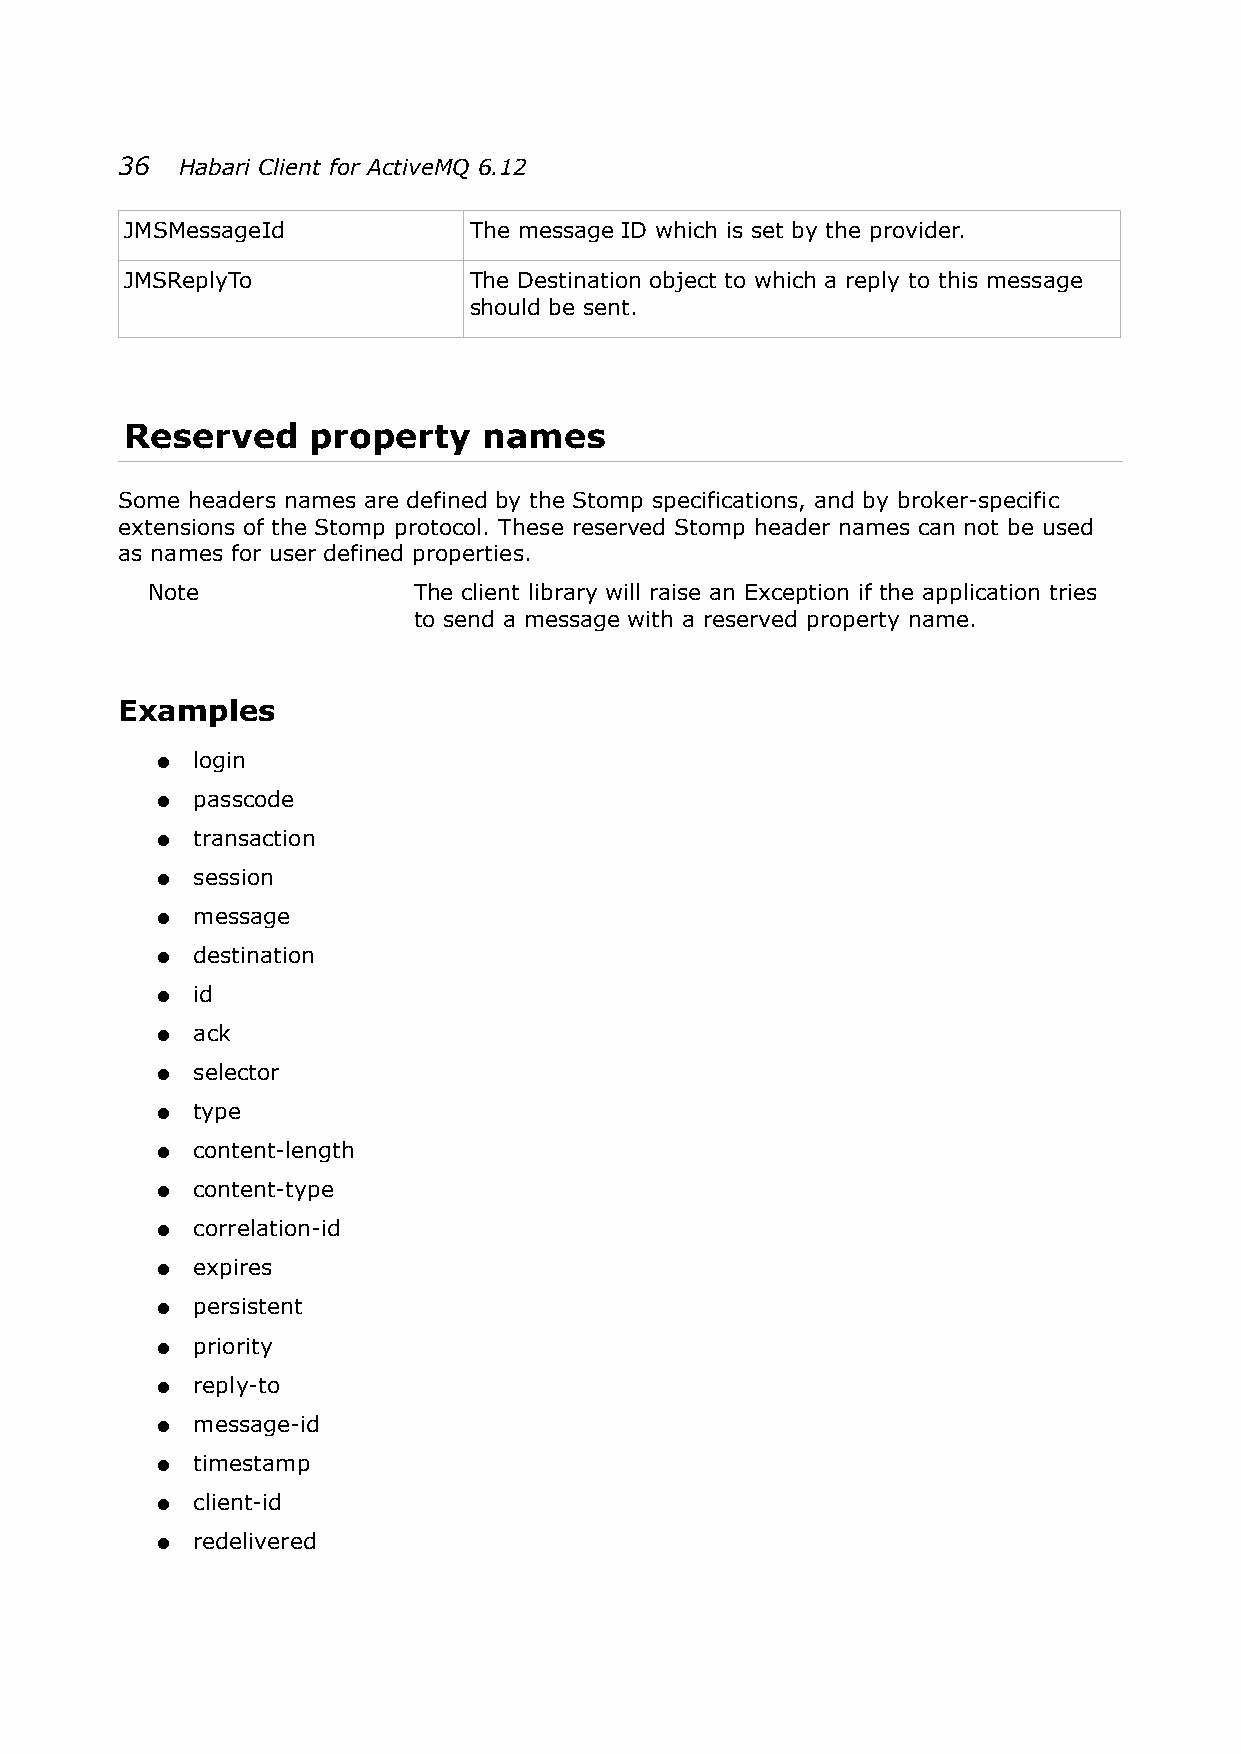
36  Habari Client for ActiveMQ 6.12
 JMSMessageId           The message ID which is set by the provider.
 JMSReplyTo             The Destination object to which a reply to this message
 should be sent.
 Reserved    property    names
 Some headers names are defined by the Stomp specifications, and by broker-specific
 extensions of the Stomp protocol. These reserved Stomp header names can not be used
 as names for user defined properties.
 Note             The client library will raise an Exception if the application tries
 to send a message with a reserved property name.
 Examples
 ●  login
 ●  passcode
 ●  transaction
 ●  session
 ●  message
 ●  destination
 ●  id
 ●  ack
 ●  selector
 ●  type
 ●  content-length
 ●  content-type
 ●  correlation-id
 ●  expires
 ●  persistent
 ●  priority
 ●  reply-to
 ●  message-id
 ●  timestamp
 ●  client-id
 ●  redelivered